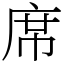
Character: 席